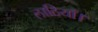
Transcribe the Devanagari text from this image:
लाठियाँ।